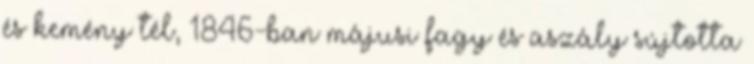
és kemény tél, 1846-ban májusi fagy és aszály sújtotta